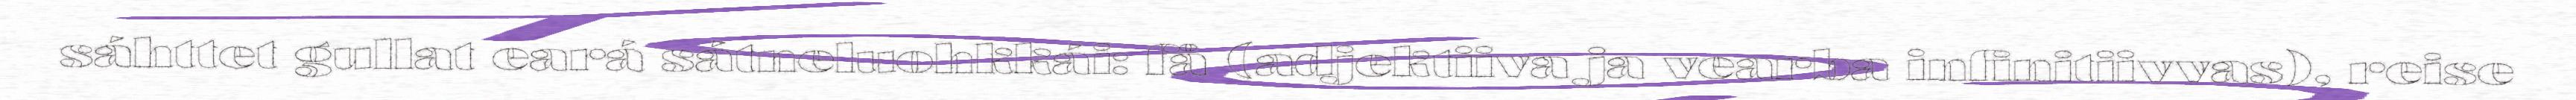
sáhttet gullat eará sátneluohkkái: få (adjektiiva ja vearba infinitiivvas), reise